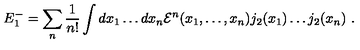
E _ { 1 } ^ { - } = \sum _ { n } \frac 1 { n ! } \int d x _ { 1 } \dots d x _ { n } { \cal E } ^ { n } ( x _ { 1 } , \dots , x _ { n } ) j _ { 2 } ( x _ { 1 } ) \dots j _ { 2 } ( x _ { n } ) \ .